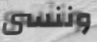
وننسى